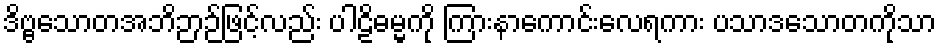
ဒိဗ္ဗသောတအဘိဉာဉ်ဖြင့်လည်း ပါဠိဓမ္မကို ကြားနာကောင်းလေရကား ပသာဒသောတကိုသာ